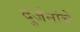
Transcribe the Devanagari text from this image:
दुर्जनांचे